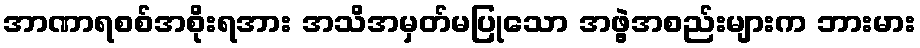
အာဏာရစစ်အစိုးရအား အသိအမှတ်မပြုသော အဖွဲ့အစည်းများက ဘားမား